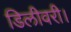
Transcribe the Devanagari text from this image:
डिलीवरी।